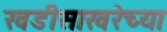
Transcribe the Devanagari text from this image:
खडीसाखरेच्या